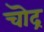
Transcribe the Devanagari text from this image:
चॊद्र